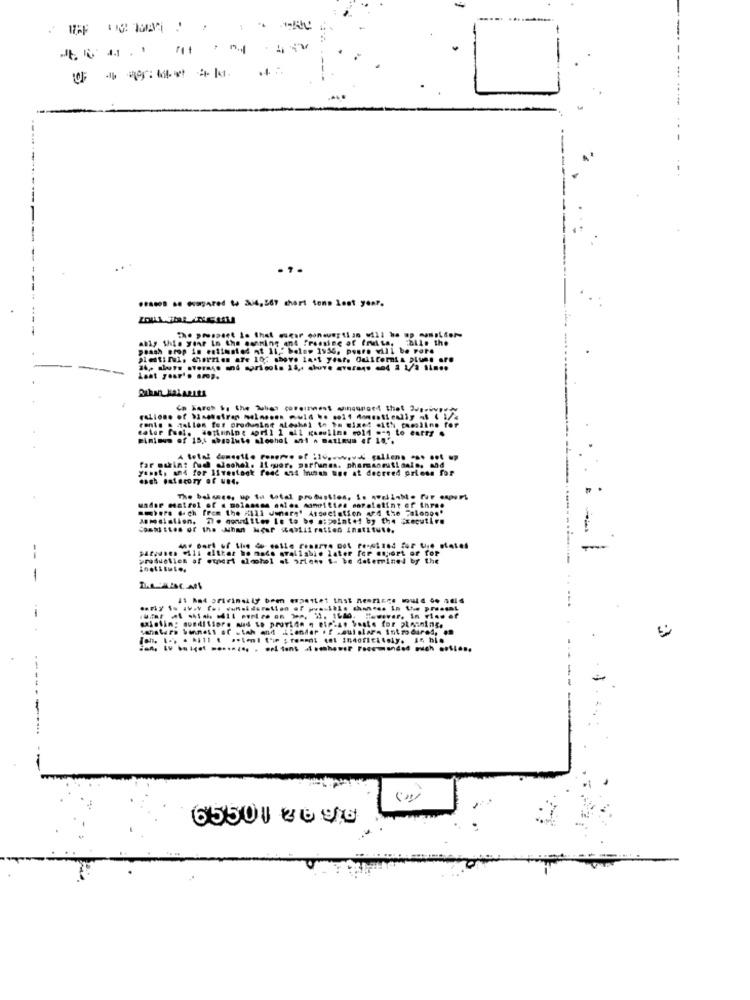
... .. HAred . 34567 chart tons lent year.
The pousaset is that ouear conwertian will be up -.....
ably this year In the gaming ant Pressing of fruits, Falls the
poash erop in entiusted nt 11," below 1956, poure will be Fare
platini, charzien are 10; shove last yest. Omiiferia plums are
Last year's amp.
Ca Karch $, the Tubes coreizwest aunauront that Masiv
conis a mallon for produnine aleshel to be mixed with tamsline for
Riniou of 15,1 absolute alochol ant . matinum af 15.".
far oukin: fud wiechel. Il quer. parfunes. phamsanniti sale, and
yunot, and for livestock food and human une At decreed griess for
The balance, up to total production. i. Awell-Me for port
:
undor miatrol of a molasses anies sonoitien moraletint of three
awhere .. ch from the "121 diners' Association and the "alongs'
Costittes of the Ahan Near 4bliiration Institute.
-
-
production of etpert alcohol at oriens t- be determined by the
instituto.
11 Ant originally been espettet thst nemrices would be ad
65501 26 96